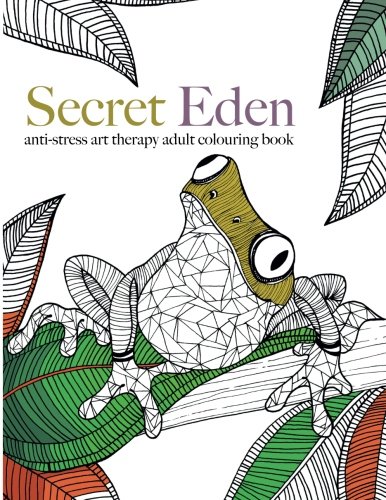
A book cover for Secret Eden: anti-stress art therapy colouring book; Christina Rose; Arts & Photography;